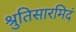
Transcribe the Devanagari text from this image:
श्रुतिसारमिदं